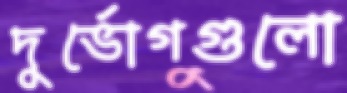
দুর্ভোগগুলো